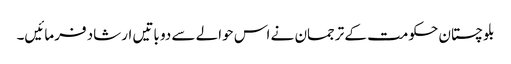
بلوچستان حکومت کے ترجمان نے اس حوالے سے دو باتیں ارشاد فرمائیں۔